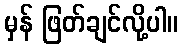
မှန် ဖြတ်ချင်လို့ပါ။